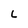
Character: L